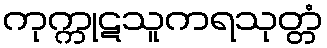
ကုက္ကုဋသူကရသုတ္တံ